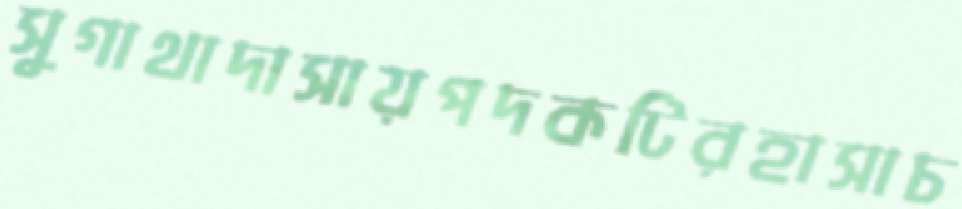
সুগাথাদাসায়পদকটিরহাসাচ